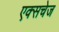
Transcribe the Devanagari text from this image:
एक्सचेज